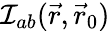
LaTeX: {\cal I}_{ab}(\vec{r},\vec{r}_{0})